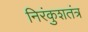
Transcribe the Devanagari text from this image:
निरंकुशतंत्र